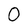
Character: 0